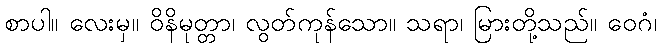
စာပါ။ လေးမှ။ ဝိနိမုတ္တာ၊ လွတ်ကုန်သော။ သရာ၊ မြားတို့သည်။ ဝေဂံ၊